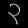
Digit: ၃